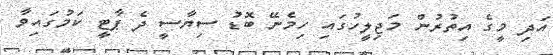
އަދި މީގެ އިތުރުން މަޖިލީހުގައި ހިމެނޭ ބޮޑު ސިޔާސީ ދެ ޕާޓީ ކަމުގައިވާ